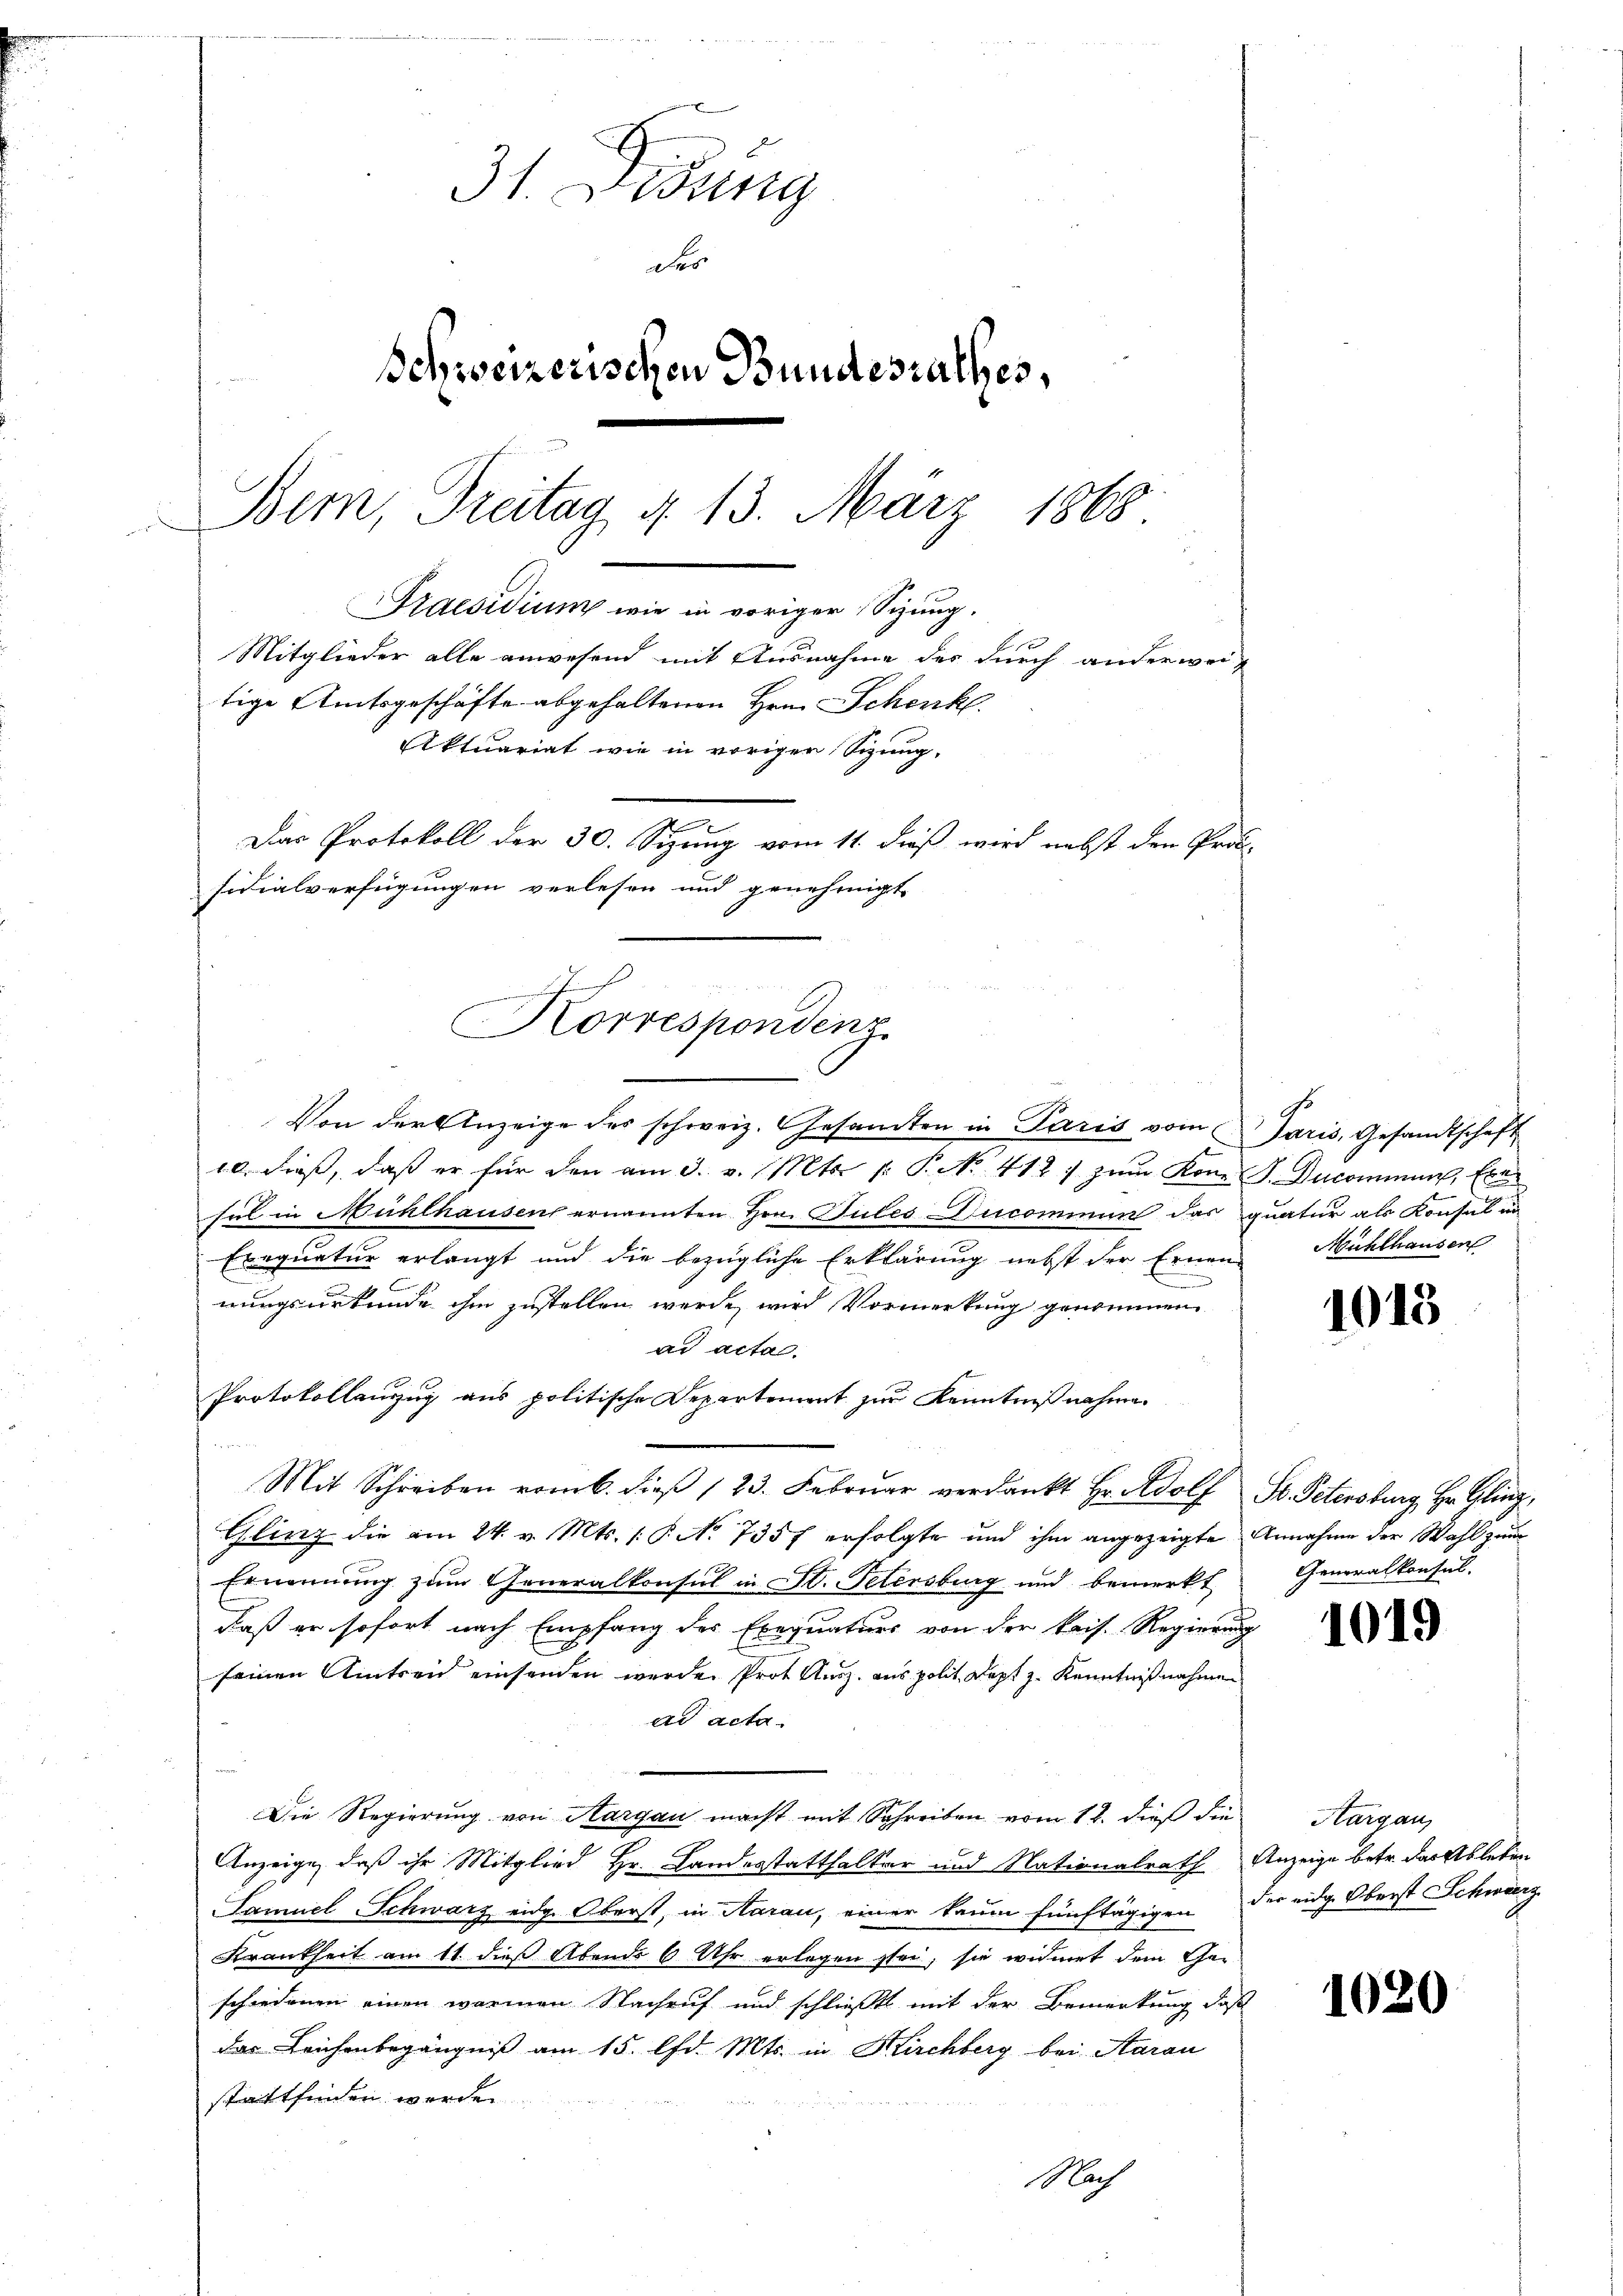
31. Ding
der
Schweizerischen Bundesrathes,
Bem, Treitag d. 13. März 1868
Praesidium wie in voriger Sizung.
Mitglieder alle anwesend mit Ausnahme des durch anderweitige Amtsgeschäfte abgehaltenen Hrn. Schenk
Aktuariat wie in vorigen Sizung,
n
Das Protokoll der 30. Sizung vom 11. dieß wird nebst den Pro-
sidialverfügungen verlesen und genehmigt.

.
Korrespondenz

Von der Anzeige des schweiz. Gesandten in Paris vom Jaris, Gesandtschaft
10. dies, daß er für den am 3. v. Mts. v. Pr. 412. zum Korn J. Ducominum, Exe
sal in Mühlhausen ernannten Hrn. Pules Ducommun das quatur als Konsul in
Exequatur erlangt und die bezügliche Erklärung nebst der Ernen-
n
nungsurkunde ihm zustellen werde, wird Vormerkung genommen
ad acta.
Protokollenzug aus politische Departement zur Kenntnißnahme.
Mit Schreiben vom 6. dieβ (23. Febrŭar verdankt Hr. Wolf St. Petersburg Hr. Gling-
Ghling die am 24. v. Mts. (§. No 7357 erfolgte und ihm angezeigte Annahme der Wahl zu
Ernennung zum Generalkonsul in St. Petersburg und bemerkt
daß er sofort nach Empfang des Exequaturs von der kais. Regierung
seinen Aintreu einsenden werden Prot. Ausz. aus polit. Dept z. Kenntnißnahmen
ad acta.
Die Regierung von Aargau macht mit Schreiben vom 12. dieß die Aargau,
Anzeige, daß ihr Mitglied Hr. Landesstatthalter und Nationalrath Anzeige betr. darfsleben
Samuel Schwarz eidg. Oberst, in Aarau, einer kaum fünftägigen der eidg. Oberst Schwarz
Krankheit am 11. dieß Abends 6 Uhr erlegen sei, sie widmet dem Geschiedenen einen warmen Nachruf und schließt mit der Bemerkung daß
das Leichenbegängniß am 15. d. Mts. in Kirchberg bei Aarau
stattfinden werden.
Nach

.
1
Mühlhausers

1018

Generalkonsul-

1019

1020